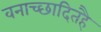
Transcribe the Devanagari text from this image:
वनाच्‍छादितहै